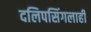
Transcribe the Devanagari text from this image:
दलिपसिंगलाही